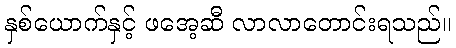
နှစ်ယောက်နှင့် ဖအေ့ဆီ လာလာတောင်းရသည်။